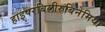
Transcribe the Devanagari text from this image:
हाइपरबिलीरुबिनेमिया